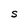
Character: S